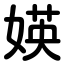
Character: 媖